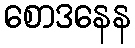
စောဒနေန